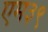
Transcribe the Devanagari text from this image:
एम३९